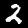
Label: 2